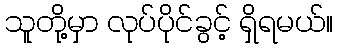
သူတို့မှာ လုပ်ပိုင်ခွင့် ရှိရမယ်။